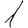
Digit: 1